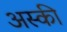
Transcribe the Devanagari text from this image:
अस्की